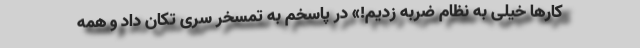
کارها خیلی به نظام ضربه زدیم!» در پاسخم به تمسخر سری تکان داد و همه